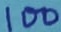
Text: 100